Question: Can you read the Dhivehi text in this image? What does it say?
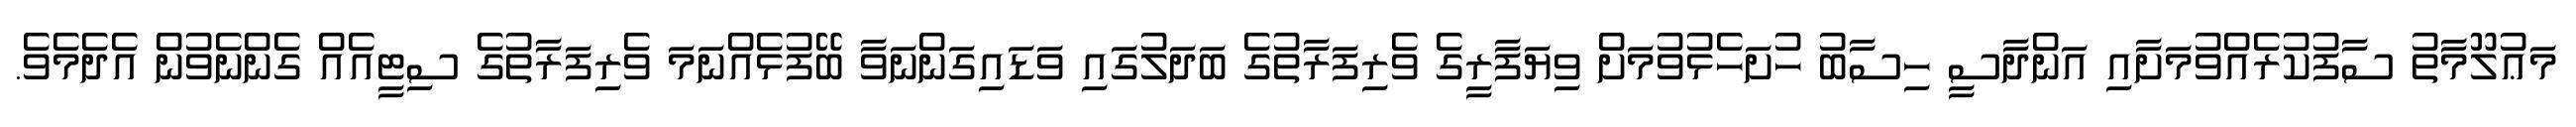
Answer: މަޢުލޫމާތު ސާފުކުރެއްވުމަށާއި އަންދާސީ ހިސާބު ހުށަހެޅުވުމަށް ވިޔަފާރީގެ ވެރިފަރާތުގެ ބަދަލުގައި ވަޑައިގަންނަވާ ބޭފުޅެއްނަމަ ވެރިފަރާތުގެ ސިޓީއެއް ގެންނެވުން އެދެމެވެ.